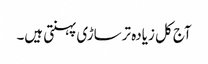
آج کل زیادہ ترساڑی پہنتی ہیں۔